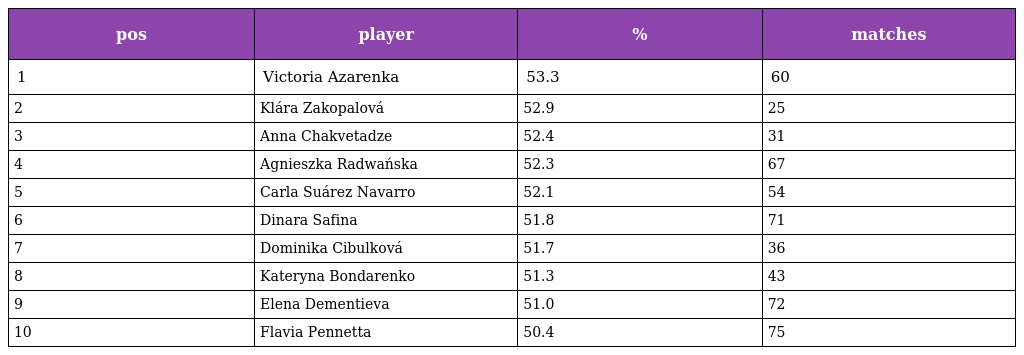
| pos | player | % | matches |
 | --- | --- | --- | --- |
 | 1 | Victoria Azarenka | 53.3 | 60 |
 | 2 | Klára Zakopalová | 52.9 | 25 |
 | 3 | Anna Chakvetadze | 52.4 | 31 |
 | 4 | Agnieszka Radwańska | 52.3 | 67 |
 | 5 | Carla Suárez Navarro | 52.1 | 54 |
 | 6 | Dinara Safina | 51.8 | 71 |
 | 7 | Dominika Cibulková | 51.7 | 36 |
 | 8 | Kateryna Bondarenko | 51.3 | 43 |
 | 9 | Elena Dementieva | 51.0 | 72 |
 | 10 | Flavia Pennetta | 50.4 | 75 |